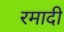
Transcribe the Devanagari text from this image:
रमादी